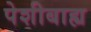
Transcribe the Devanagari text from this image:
पेशीबाह्य